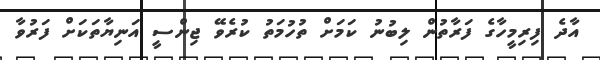
އާދެ ފިރިމީހާގެ ފަރާތުން ލިބުނު ކަމަށް ތުހުމަތު ކުރެވޭ ޖިންސީ އަނިޔާތަކަށް ފަރުވާ